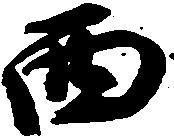
西